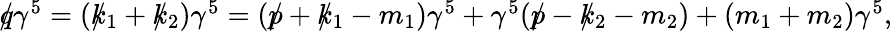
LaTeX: \begin{array}{r}{q\! \! \! /\gamma^{5}=(k\! \! \! /_{1}+k\! \! \! /_{2})\gamma^{5}=(p\! \! \! /+k\! \! \! /_{1}-m_{1})\gamma^{5}+\gamma^{5}(p\! \! \! /-k\! \! \! /_{2}-m_{2})+(m_{1}+m_{2})\gamma^{5},}\end{array}